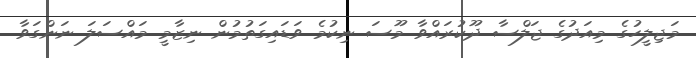
މަޖިލީހުގެ މިއަދުގެ ޖަލްސާ ދޫކުރައްވާ މޫސަ ނިކުމެ ވަޑައިގަތުމުން ނިޒާމީ މައްސަލަ ނަންގަވާ